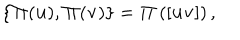
LaTeX: { } \{ { \bf \Pi } ( { \bf u } ) , { \bf \Pi } ( { \bf v } ) \} = { \bf \Pi } \left( [ { \bf u } { \bf v } ] \right) ,